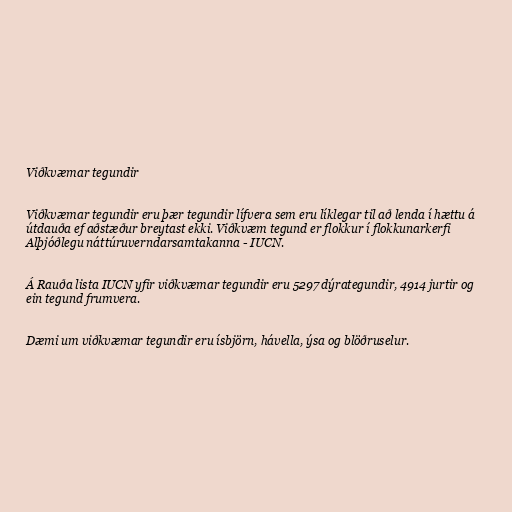
Viðkvæmar tegundir

Viðkvæmar tegundir eru þær tegundir lífvera sem eru líklegar til að lenda í hættu á
útdauða ef aðstæður breytast ekki. Viðkvæm tegund er flokkur í flokkunarkerfi
Alþjóðlegu náttúruverndarsamtakanna - IUCN.

Á Rauða lista IUCN yfir viðkvæmar tegundir eru 5297 dýrategundir, 4914 jurtir og
ein tegund frumvera.

Dæmi um viðkvæmar tegundir eru ísbjörn, hávella, ýsa og blöðruselur.